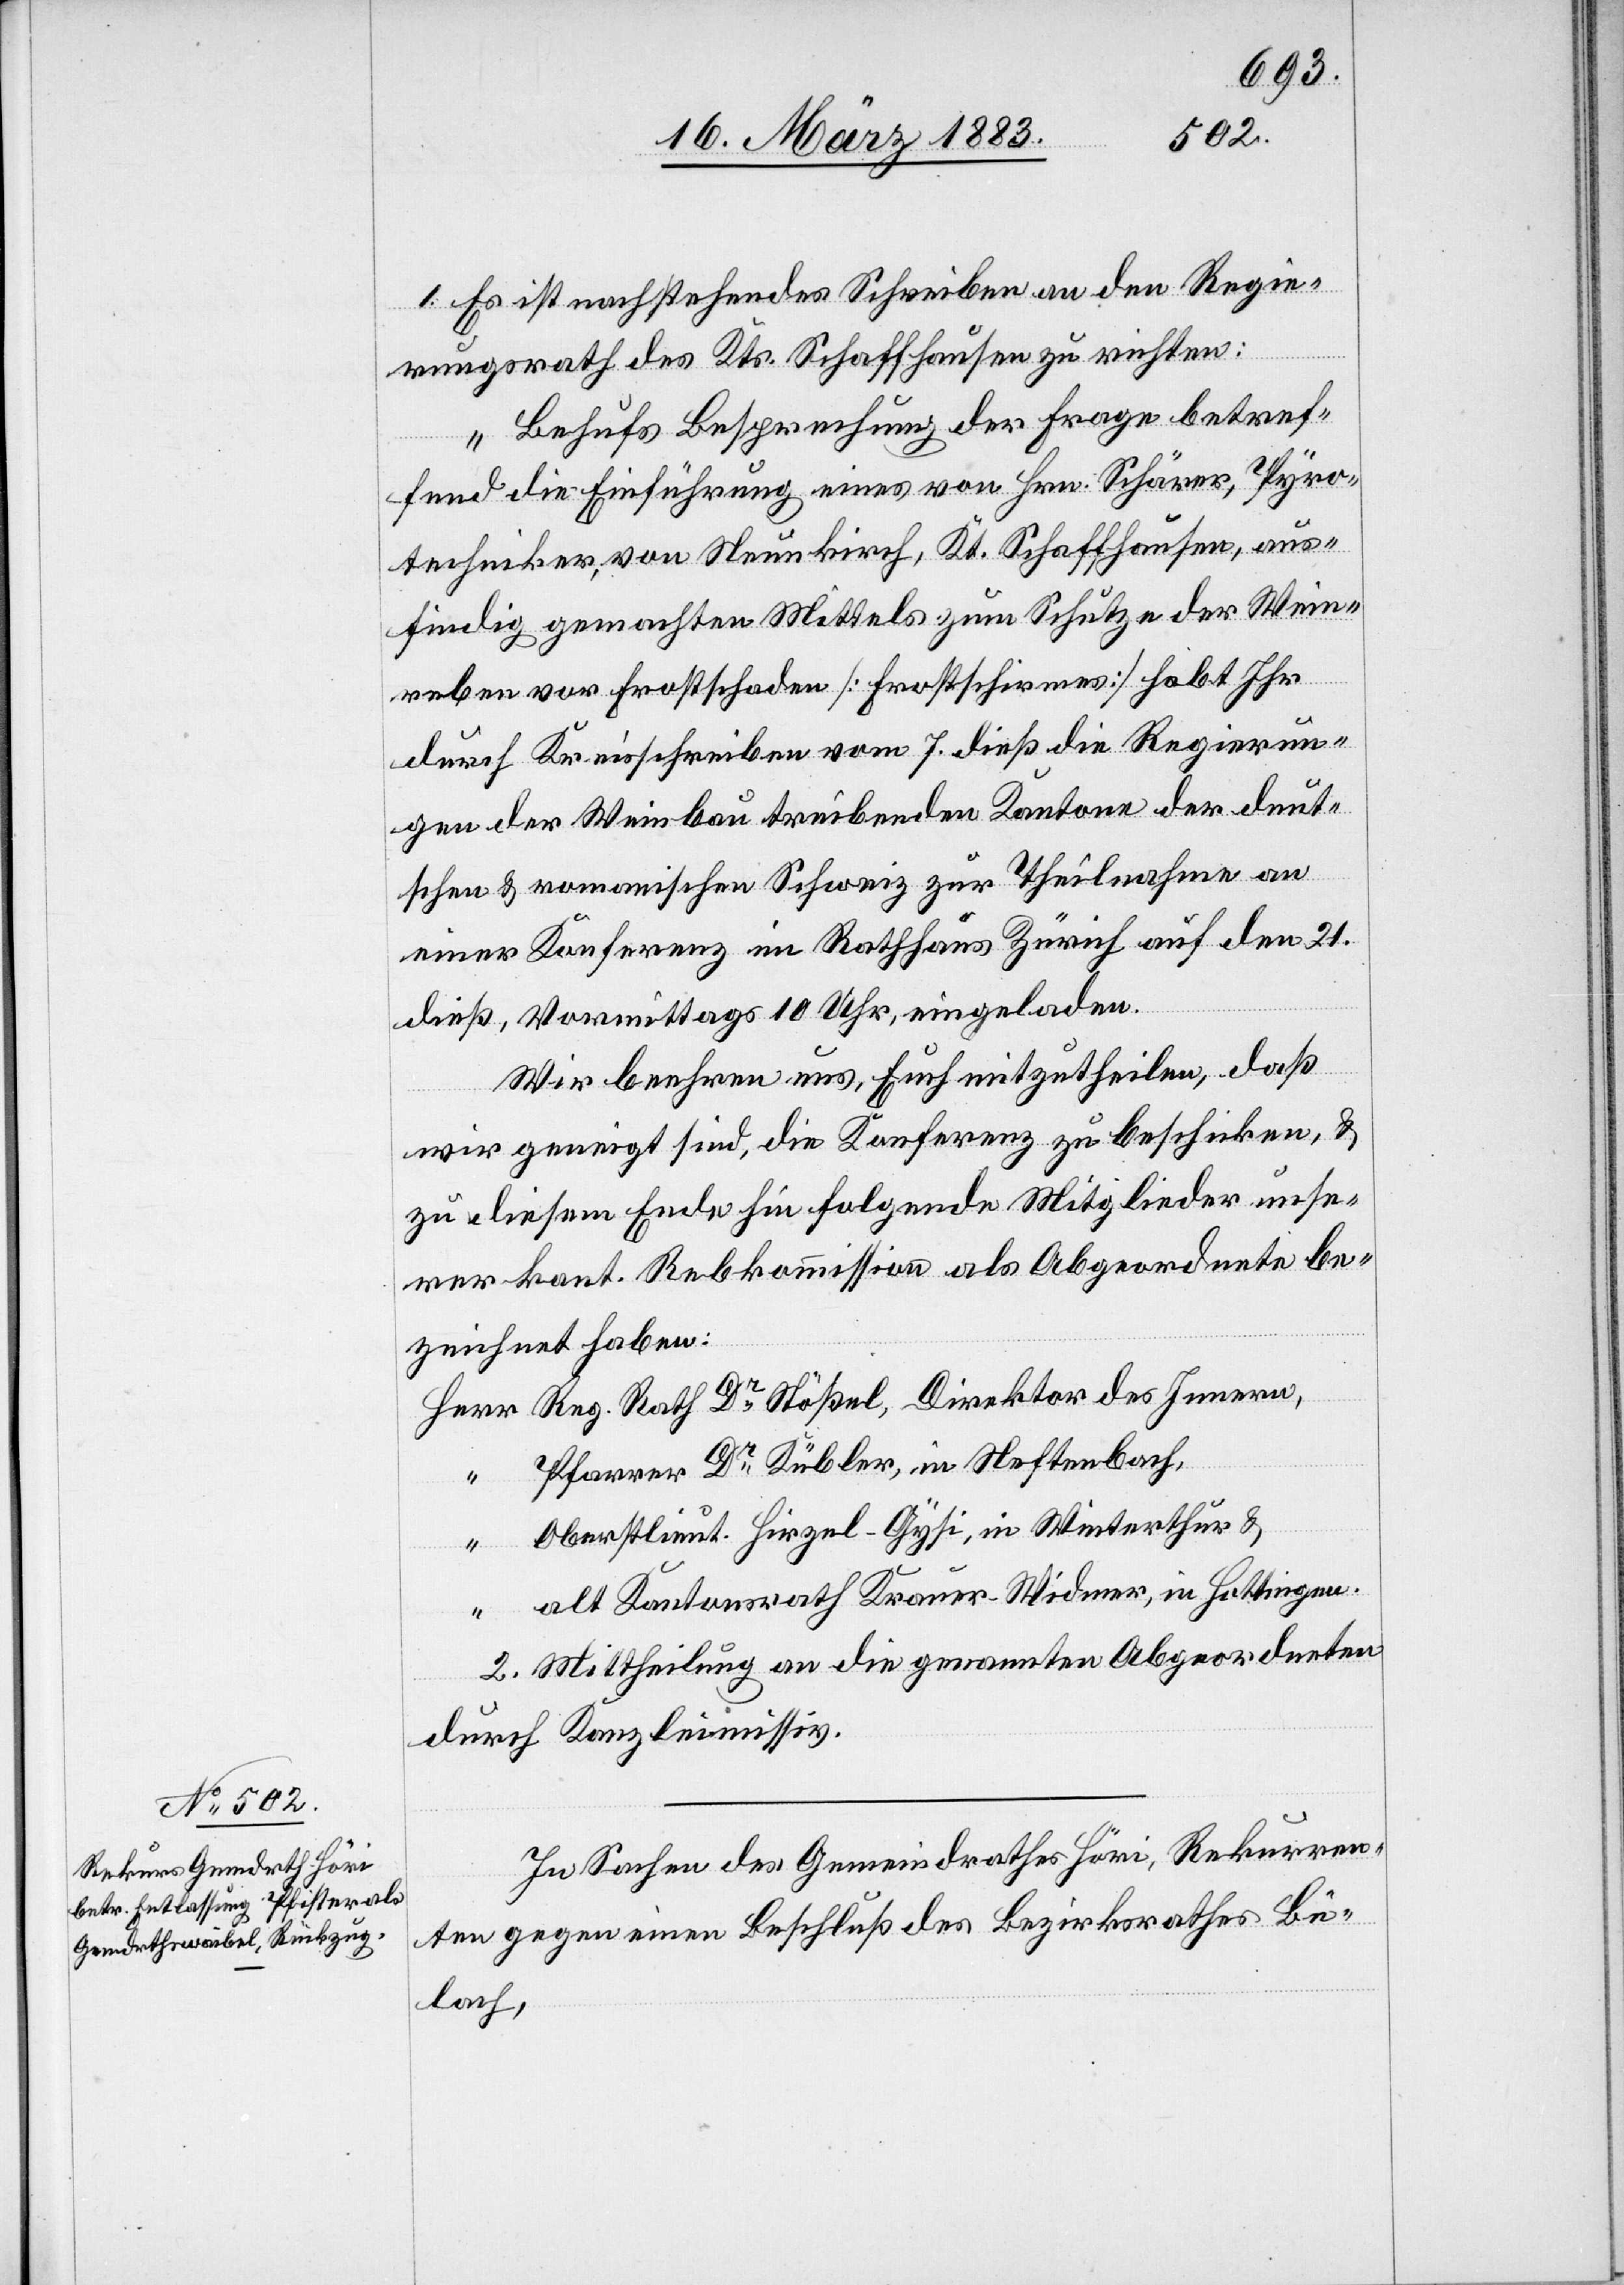
Nach